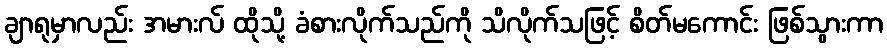
ချာရုမှာလည်း အမားလ် ထိုသို့ ခံစားလိုက်သည်ကို သိလိုက်သဖြင့် စိတ်မကောင်း ဖြစ်သွားကာ